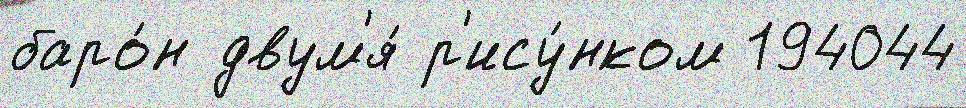
баро́н двум'я́ р'ису́нком 194044